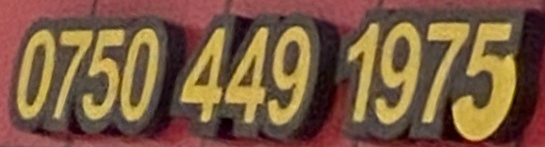
0750 449 1975